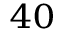
^ { 4 0 }